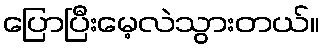
ပြောပြီးမေ့လဲသွားတယ်။